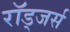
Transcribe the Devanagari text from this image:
रॉड्जर्स